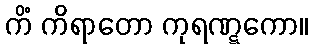
ကိံ ကိရာတော ကုရဏ္ဋကော။